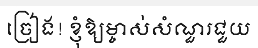
ច្រៀង! ខ្ញុំឱ្យម្ចាស់សំណួរជួយ